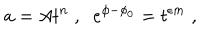
a = A t ^ { n } \; , \; \; e ^ { \phi - \phi _ { 0 } } = t ^ { \epsilon m } \; ,